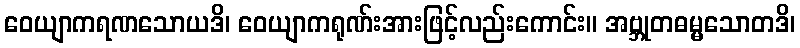
ဝေယျာကရဏသောယဒိ၊ ဝေယျာကရုဏ်းအားဖြင့်လည်းကောင်း။ အဗ္ဘုတဓမ္မသောတဒိ၊